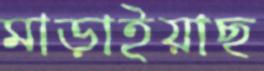
মাড়াইয়াছ